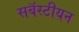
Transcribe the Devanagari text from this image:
सबॅस्टीयन